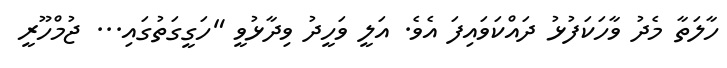
ހާލަތާ މެދު ވާހަކަފުޅު ދައްކަވައިފަ އެވެ. އަލީ ވަހީދު ވިދާޅުވީ "ހަގީގަތުގައި... ޖުމްހޫރީ